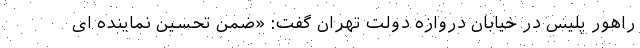
راهور پلیس در خیابان دروازه دولت تهران گفت: «ضمن تحسین نماینده ای